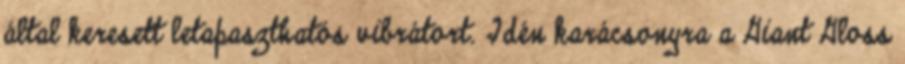
által keresett letapaszthatós vibrátort. Idén karácsonyra a Giant Gloss